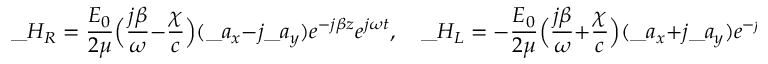
\_ H _ { \/ R } = { \frac { E _ { 0 } } { 2 \mu } } \Big ( { \frac { j \beta } { \omega } } - { \frac { \chi } { c } } \Big ) ( \_ a _ { x } - j \_ a _ { y } ) e ^ { - j \beta z } e ^ { j \omega t } , \quad \_ H _ { \/ L } = - { \frac { E _ { 0 } } { 2 \mu } } \Big ( { \frac { j \beta } { \omega } } + { \frac { \chi } { c } } \Big ) ( \_ a _ { x } + j \_ a _ { y } ) e ^ { - j \beta z } e ^ { j \omega t } ,